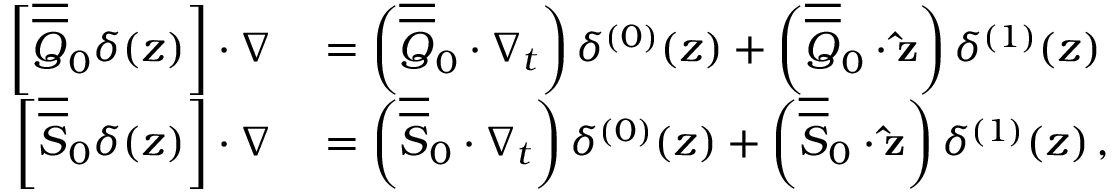
\begin{array} { r l } { \left[ \overline { { \overline { { Q } } } } _ { 0 } \delta ( z ) \right] \cdot \nabla } & { { } = \left( \overline { { \overline { { Q } } } } _ { 0 } \cdot \nabla _ { t } \right) \delta ^ { ( 0 ) } ( z ) + \left( \overline { { \overline { { Q } } } } _ { 0 } \cdot \mathbf { \hat { z } } \right) \delta ^ { ( 1 ) } ( z ) } \\ { \left[ \overline { { \overline { { S } } } } _ { 0 } \delta ( z ) \right] \cdot \nabla } & { { } = \left( \overline { { \overline { { S } } } } _ { 0 } \cdot \nabla _ { t } \right) \delta ^ { ( 0 ) } ( z ) + \left( \overline { { \overline { { S } } } } _ { 0 } \cdot \mathbf { \hat { z } } \right) \delta ^ { ( 1 ) } ( z ) \, , } \end{array}